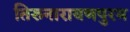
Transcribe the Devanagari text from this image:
तिरुनारायणपुरम